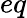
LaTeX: eq